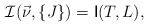
\begin{align*}{\cal I}(\vec{\nu},\{J\})=\mbox{\sf I}(T,L),\end{align*}